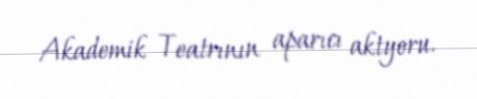
Akademik Teatrının aparıcı aktyoru.